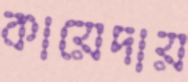
কায়েদায়